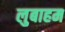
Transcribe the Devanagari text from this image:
लुबाहम